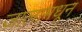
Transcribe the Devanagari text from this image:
जालामधून